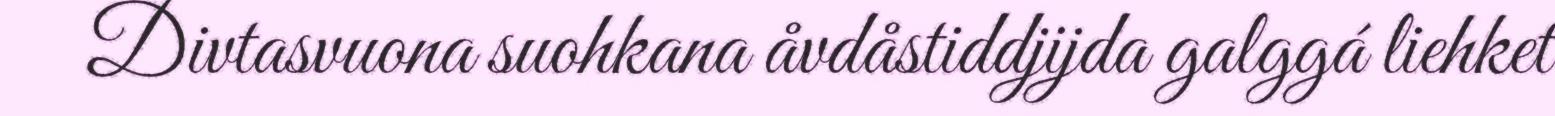
Divtasvuona suohkana åvdåstiddjijda galggá liehket